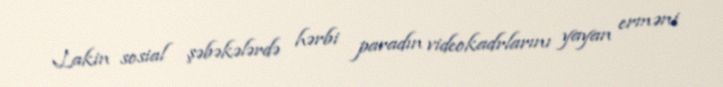
Lakin sosial şəbəkələrdə hərbi paradın videokadrlarını yayan erməni